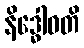
နိဒ္ဓေါဝတိ